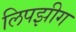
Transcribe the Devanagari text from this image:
लिपझीग